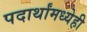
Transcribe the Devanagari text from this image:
पदार्थांमध्येही